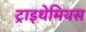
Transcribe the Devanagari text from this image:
ट्राइथेमियस